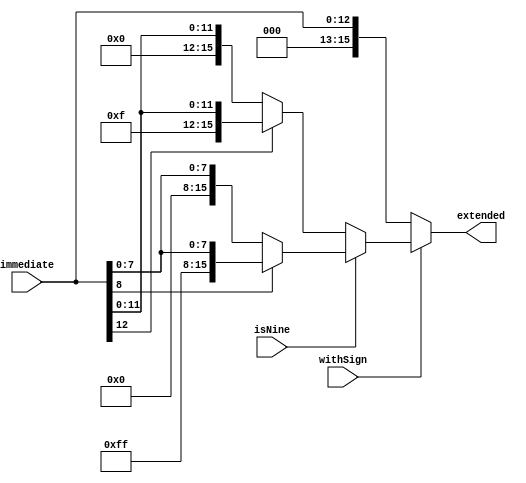
`timescale 1ns / 1ps

module Extender(
    input [12:0] immediate,
    input isNine,
    input withSign,
    output [15:0] extended
    );
    reg sign;
    reg [15:0] extended_r;
    assign extended = (withSign) ? extended_r : immediate;
    
    always @* begin
        sign = 1'b0;
        extended_r = 16'd0;
        if (isNine) begin
            sign = immediate[8];
            extended_r = (sign) ? {{7{1'b1}}, immediate[8:0]} : {{7{1'b0}}, immediate[8:0]};
        end
        else begin
            sign = immediate[12];
            extended_r = (sign) ? {{3{1'b1}},immediate} : immediate;
        end
    end
endmodule